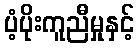
ပံ့ပိုးကူညီမှုနှင့်